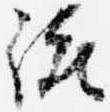
統